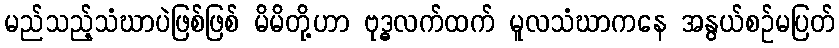
မည်သည့်သံဃာပဲဖြစ်ဖြစ် မိမိတို့ဟာ ဗုဒ္ဓလက်ထက် မူလသံဃာကနေ အနွယ်စဉ်မပြတ်